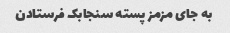
به جای مزمز پسته سنجابک فرستادن